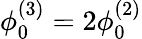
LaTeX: \phi_{0}^{(3)}=2\phi_{0}^{(2)}